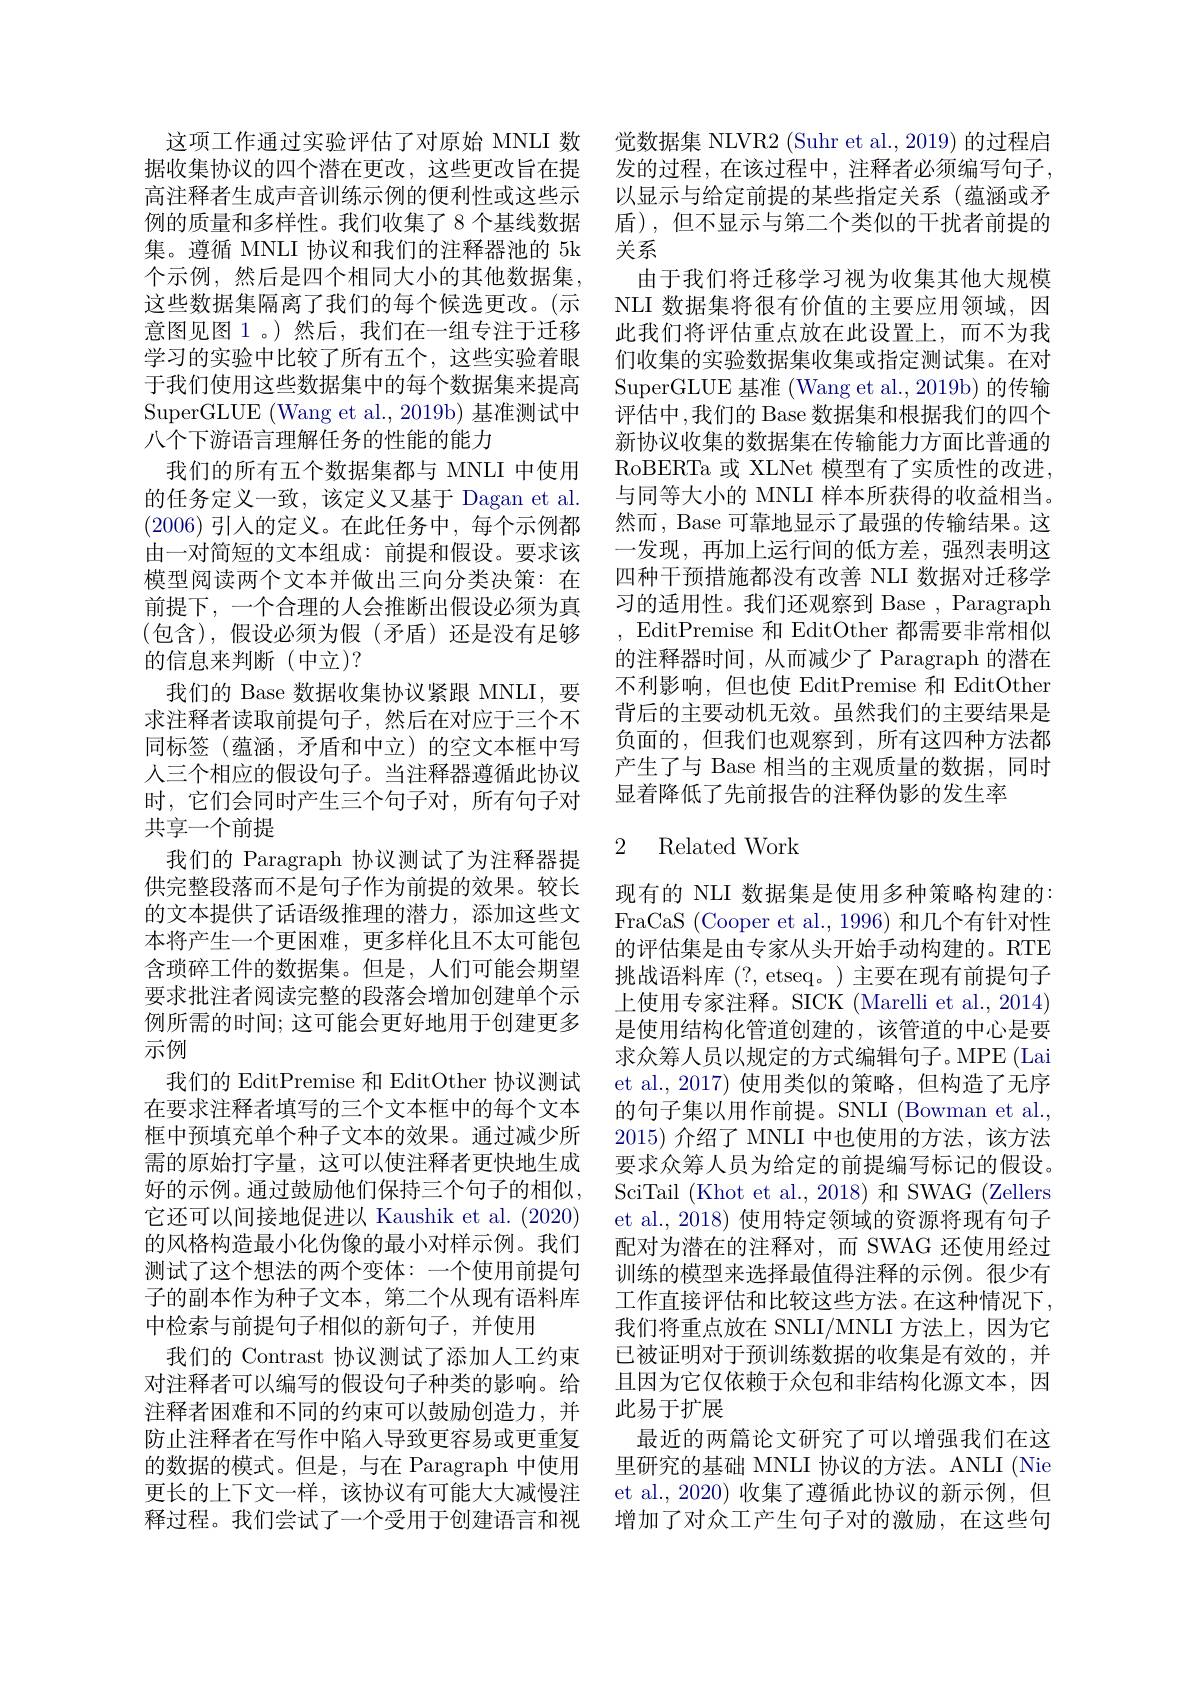
个示例，然后是四个相同大小的其他数据集， 这些数据集隔离了我们的每个候选更改。(示意图见图 1 。)然后，我们在一组专注于迁移学习的实验中比较了所有五个，这些实验着眼于我们使用这些数据集中的每个数据集来提高SuperGLUE (Wang et al., 2019b) 基准测试中八个下游语言理解任务的性能的能力
我们的所有五个数据集都与 MNLI 中使用的任务定义一致，该定义又基于 Dagan et al. (2006)引入的定义。在此任务中，每个示例都由一对简短的文本组成：前提和假设。要求该模型阅读两个文本并做出三向分类决策：在前提下，一个合理的人会推断出假设必须为真(包含),假设必须为假(矛盾)还是没有足够的信息来判断(中立)?
我们的 Base 数据收集协议紧跟 MNLI, 要求注释者读取前提句子，然后在对应于三个不同标签(蕴涵，矛盾和中立)的空文本框中写人三个相应的假设句子。当注释器遵循此协议时，它们会同时产生三个句子对，所有句子对共享一个前提
我们的 Paragraph 协议测试了为注释器提供完整段落而不是句子作为前提的效果。较长的文本提供了话语级推理的潜力，添加这些文本将产生一个更困难，更多样化且不太可能包含琐碎工件的数据集。但是，人们可能会期望要求批注者阅读完整的段落会增加创建单个示例所需的时间；这可能会更好地用于创建更多示例
我们的 EditPremise 和 EditOther 协议测试在要求注释者填写的三个文本框中的每个文本框中预填充单个种子文本的效果。通过减少所需的原始打字量，这可以使注释者更快地生成好的示例。通过鼓励他们保持三个句子的相似， 它还可以间接地促进以 Kaushik et al. (2020) 的风格构造最小化伪像的最小对样示例。我们测试了这个想法的两个变体：一个使用前提句子的副本作为种子文本，第二个从现有语料库中检索与前提句子相似的新句子，并使用
我们的 Contrast 协议测试了添加人工约束对注释者可以编写的假设句子种类的影响。给注释者困难和不同的约束可以鼓励创造力，并防止注释者在写作中陷入导致更容易或更重复的数据的模式。但是，与在 Paragraph 中使用更长的上下文一样，该协议有可能大大减慢注释过程。我们尝试了一个受用于创建语言和视

这项工作通过实验评估了对原始 MNLI 数 觉数据集 NLVR2 (Suhr et al., 2019) 的过程启据收集协议的四个潜在更改，这些更改旨在提 发的过程，在该过程中，注释者必须编写句子， 高注释者生成声音训练示例的便利性或这些示 以显示与给定前提的某些指定关系 (蕴涵或矛例的质量和多样性。我们收集了8 个基线数据 盾),但不显示与第二个类似的干扰者前提的集。遵循 MNLI 协议和我们的注释器池的 5k 关系
由于我们将迁移学习视为收集其他大规模NLI 数据集将很有价值的主要应用领域，因此我们将评估重点放在此设置上，而不为我们收集的实验数据集收集或指定测试集。在对SuperGLUE 基准 (Wang et al., 2019b) 的传输评估中，我们的 Base 数据集和根据我们的四个新协议收集的数据集在传输能力方面比普通的RoBERTa 或 XLNet 模型有了实质性的改进， 与同等大小的 MNLI 样本所获得的收益相当。然而，Base 可靠地显示了最强的传输结果。这一发现，再加上运行间的低方差，强烈表明这四种干预措施都没有改善 NLI 数据对迁移学习的适用性。我们还观察到 Base , Paragraph ,EditPremise 和 EditOther 都需要非常相似的注释器时间，从而减少了 Paragraph 的潜在不利影响，但也使 EditPremise 和 EditOther 背后的主要动机无效。虽然我们的主要结果是负面的，但我们也观察到，所有这四种方法都产生了与 Base 相当的主观质量的数据，同时显着降低了先前报告的注释伪影的发生率

## 2 Related Work

现有的 NLI 数据集是使用多种策略构建的： FraCaS (Cooper et al., 1996) 和几个有针对性的评估集是由专家从头开始手动构建的。RTE 挑战语料库(?, etseq。)主要在现有前提句子上使用专家注释。SICK (Marelli et al., 2014) 是使用结构化管道创建的，该管道的中心是要求众筹人员以规定的方式编辑句子。MPE (Lai et al.,2017) 使用类似的策略，但构造了无序的句子集以用作前提。SNLI (Bowman et al., 2015)介绍了 MNLI 中也使用的方法，该方法要求众筹人员为给定的前提编写标记的假设。SciTail (Khot et al., 2018) 和 SWAG (Zellers et al., 2018) 使用特定领域的资源将现有句子配对为潜在的注释对，而 SWAG 还使用经过训练的模型来选择最值得注释的示例。很少有工作直接评估和比较这些方法。在这种情况下， 我们将重点放在 SNLI/MNLI 方法上，因为它已被证明对于预训练数据的收集是有效的，并且因为它仅依赖于众包和非结构化源文本，因此易于扩展
最近的两篇论文研究了可以增强我们在这里研究的基础 MNLI 协议的方法。ANLI (Nie et al.,2020) 收集了遵循此协议的新示例，但增加了对众工产生句子对的激励，在这些句